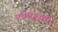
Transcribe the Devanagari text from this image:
पंथश्रद्धांशी